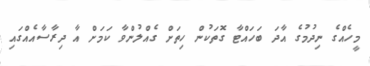
މީހެއްގެ ނިދުމުގެ އާދަ ބަހައްޓާ ގޮތަކުން ހިތަށް ގެއްލުންވާ ކަމަށް އާ ދިރާސާއެއްގައި